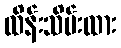
ထိန်းသိမ်းထား